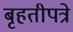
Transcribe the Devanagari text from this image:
बृहतीपत्रे